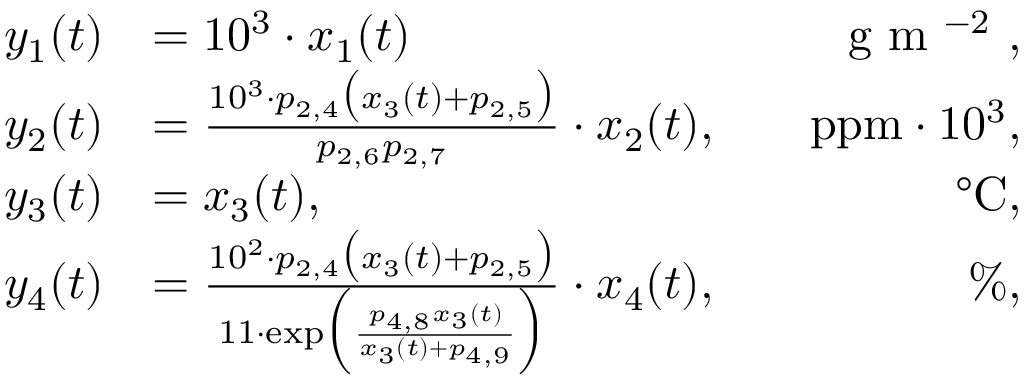
\begin{array} { r l r } { y _ { 1 } ( t ) } & { = 1 0 ^ { 3 } \cdot x _ { 1 } ( t ) } & { \quad \mathrm { g ~ m ~ ^ { - 2 } ~ } , } \\ { y _ { 2 } ( t ) } & { = \frac { 1 0 ^ { 3 } \cdot p _ { 2 , 4 } \big ( x _ { 3 } ( t ) + p _ { 2 , 5 } \big ) } { p _ { 2 , 6 } p _ { 2 , 7 } } \cdot x _ { 2 } ( t ) , } & { \quad \mathrm { p p m } \cdot 1 0 ^ { 3 } , } \\ { y _ { 3 } ( t ) } & { = x _ { 3 } ( t ) , } & { \quad \mathrm { ° C } , } \\ { y _ { 4 } ( t ) } & { = \frac { 1 0 ^ { 2 } \cdot p _ { 2 , 4 } \big ( x _ { 3 } ( t ) + p _ { 2 , 5 } \big ) } { 1 1 \cdot \mathrm { e x p } \Big ( \frac { p _ { 4 , 8 } x _ { 3 } ( t ) } { x _ { 3 } ( t ) + p _ { 4 , 9 } } \Big ) } \cdot x _ { 4 } ( t ) , } & { \quad \mathrm { \% } , } \end{array}